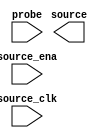

module issp_Ch1_dat_abs (
	source,
	source_ena,
	probe,
	source_clk);	

	output	[15:0]	source;
	input		source_ena;
	input	[0:0]	probe;
	input		source_clk;
endmodule